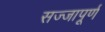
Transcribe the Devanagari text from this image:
सज्जापूर्ण